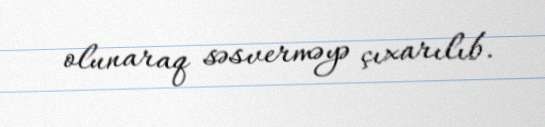
olunaraq səsverməyə çıxarılıb.